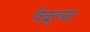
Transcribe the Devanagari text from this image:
वेळूच्या